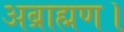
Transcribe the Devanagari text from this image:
अब्राह्मण।